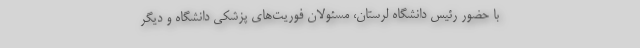
با حضور رئیس دانشگاه لرستان، مسئولان فوریت‌های پزشکی دانشگاه و دیگر